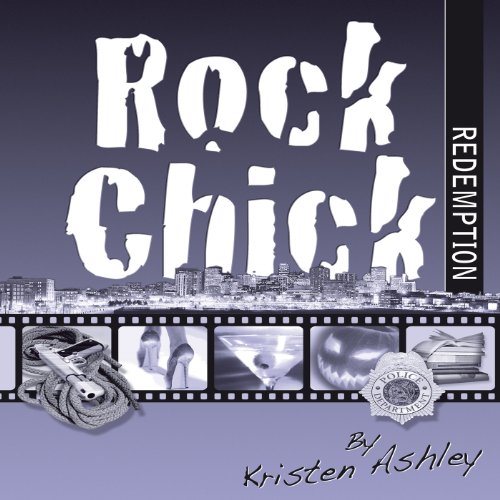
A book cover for Rock Chick Redemption; Kristen Ashley; Romance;